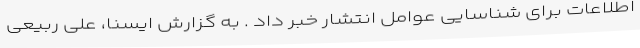
اطلاعات برای شناسایی عوامل انتشار خبر داد . به گزارش ایسنا، علی ربیعی